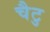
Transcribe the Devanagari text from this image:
चैटु